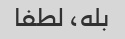
بله، لطفا